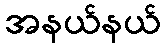
အနယ်နယ်